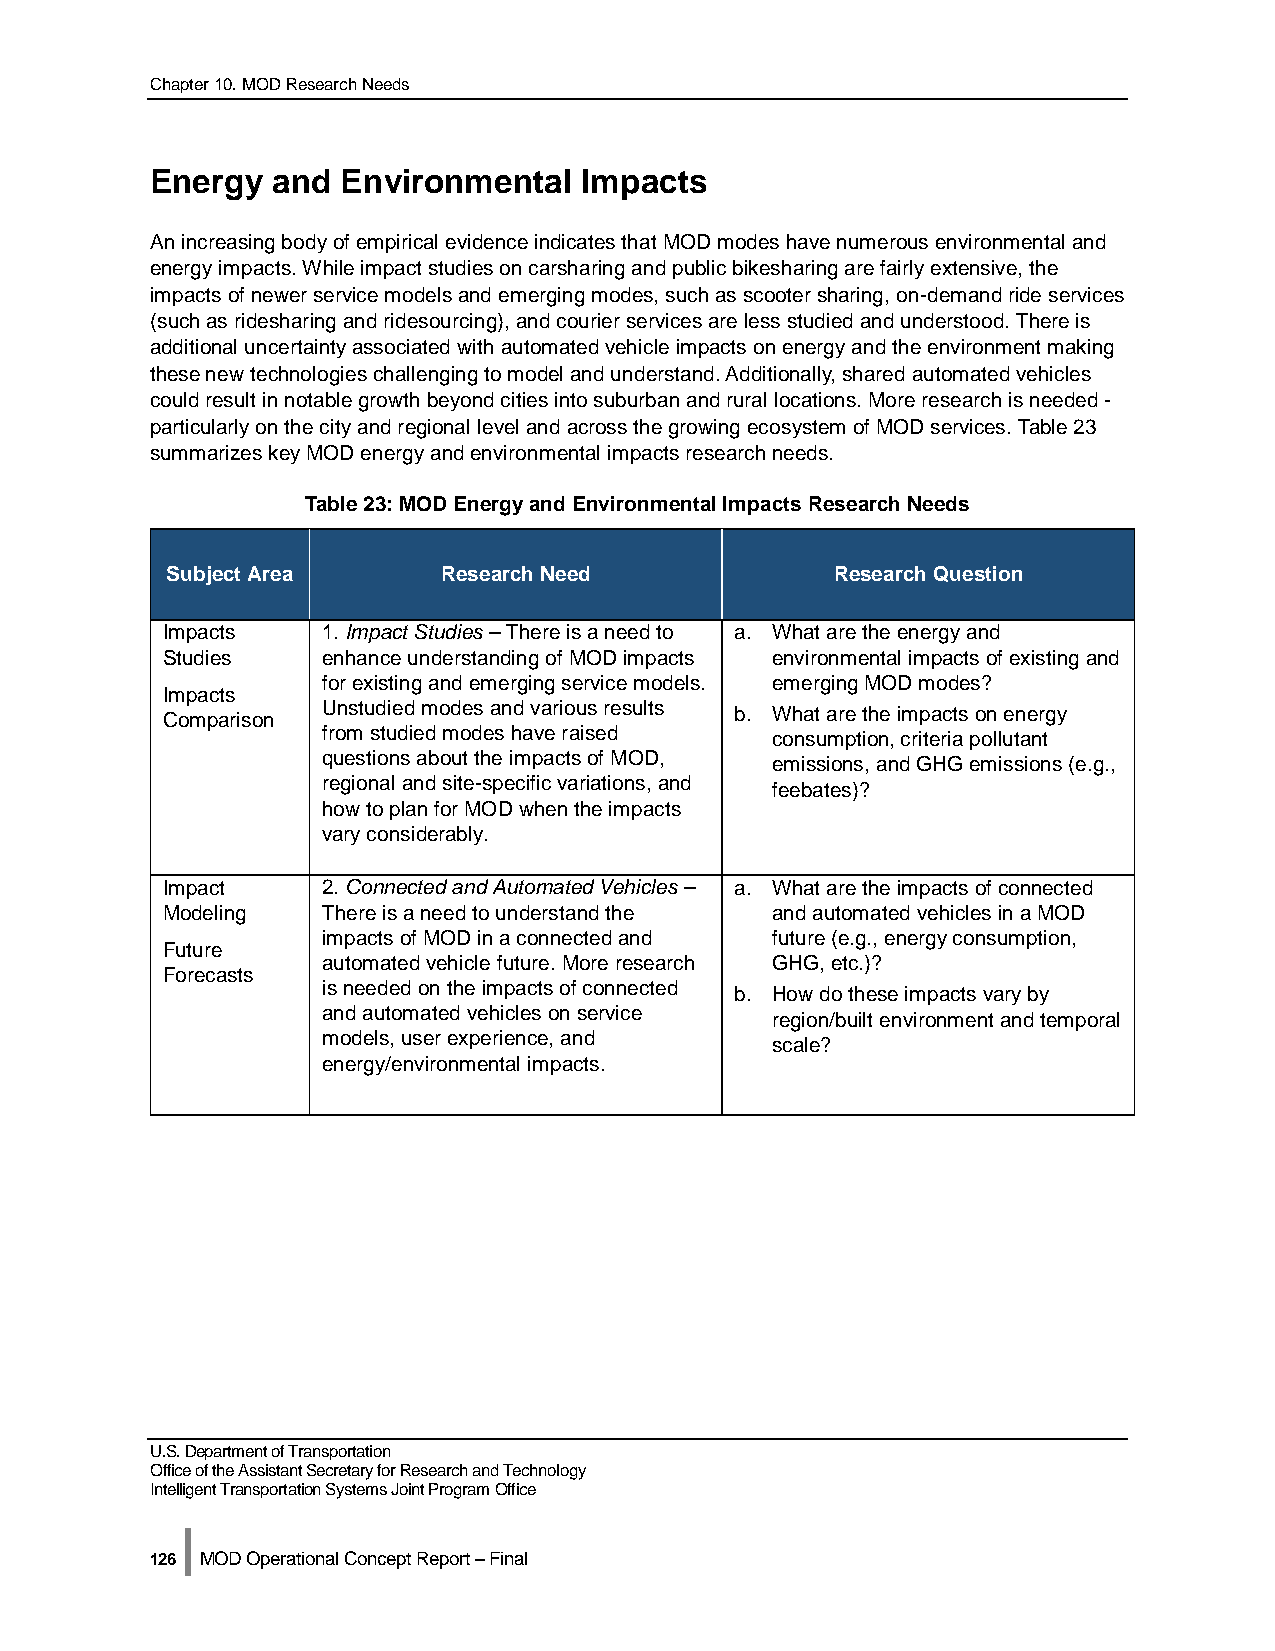
Chapter 10. MOD Research Needs
 Energy  and  Environmental  Impacts
 An increasing body of empirical evidence indicates that MOD modes have numerous environmental and
 energy impacts. While impact studies on carsharing and public bikesharing are fairly extensive, the
 impacts of newer service models and emerging modes, such as scooter sharing, on-demand ride services
 (such as ridesharing and ridesourcing), and courier services are less studied and understood. There is
 additional uncertainty associated with automated vehicle impacts on energy and the environment making
 these new technologies challenging to model and understand. Additionally, shared automated vehicles
 could result in notable growth beyond cities into suburban and rural locations. More research is needed -
 particularly on the city and regional level and across the growing ecosystem of MOD services. Table 23
 summarizes key MOD energy and environmental impacts research needs.
 Table 23: MOD Energy and Environmental Impacts Research Needs
 Subject Area      Research Need             Research Question
 Impacts   1. Impact Studies – There is a need to a. What are the energy and
 Studies   enhance understanding of MOD impacts environmental impacts of existing and
 for existing and emerging service models. emerging MOD modes?
 Impacts
 Unstudied modes and various results b. What are the impacts on energy
 Comparison
 from studied modes have raised consumption, criteria pollutant
 questions about the impacts of MOD, emissions, and GHG emissions (e.g.,
 regional and site-specific variations, and feebates)?
 how to plan for MOD when the impacts
 vary considerably.
 Impact    2. Connected and Automated Vehicles – a. What are the impacts of connected
 Modeling  There is a need to understand the and automated vehicles in a MOD
 impacts of MOD in a connected and future (e.g., energy consumption,
 Future
 automated vehicle future. More research GHG, etc.)?
 Forecasts
 is needed on the impacts of connected b. How do these impacts vary by
 and automated vehicles on service region/built environment and temporal
 models, user experience, and  scale?
 energy/environmental impacts.
 U.S. Department of Transportation
 Office of the Assistant Secretary for Research and Technology
 Intelligent Transportation Systems Joint Program Office
 |
 126 MOD Operational Concept Report – Final